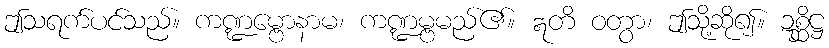
ဤသရက်ပင်သည်။ ကဏ္ဍမ္ဗောနာမ၊ ကဏ္ဍမ္ဗမည်၏။ ဣတိ ဝတွာ၊ ဤသို့ဆို၍။ ဍစ္ဆိဋ္ဌ